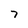
Character: 7